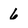
Character: 6